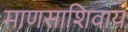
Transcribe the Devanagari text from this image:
माणसाशिवाय